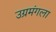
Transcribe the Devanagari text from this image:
उग्रमंगला